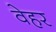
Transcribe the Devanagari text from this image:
वेहर